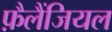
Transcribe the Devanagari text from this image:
फ़ैलैंजियल